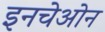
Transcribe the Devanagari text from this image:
इनचेओन